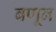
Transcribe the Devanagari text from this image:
बणून